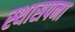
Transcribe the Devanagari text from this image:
स्थासपना